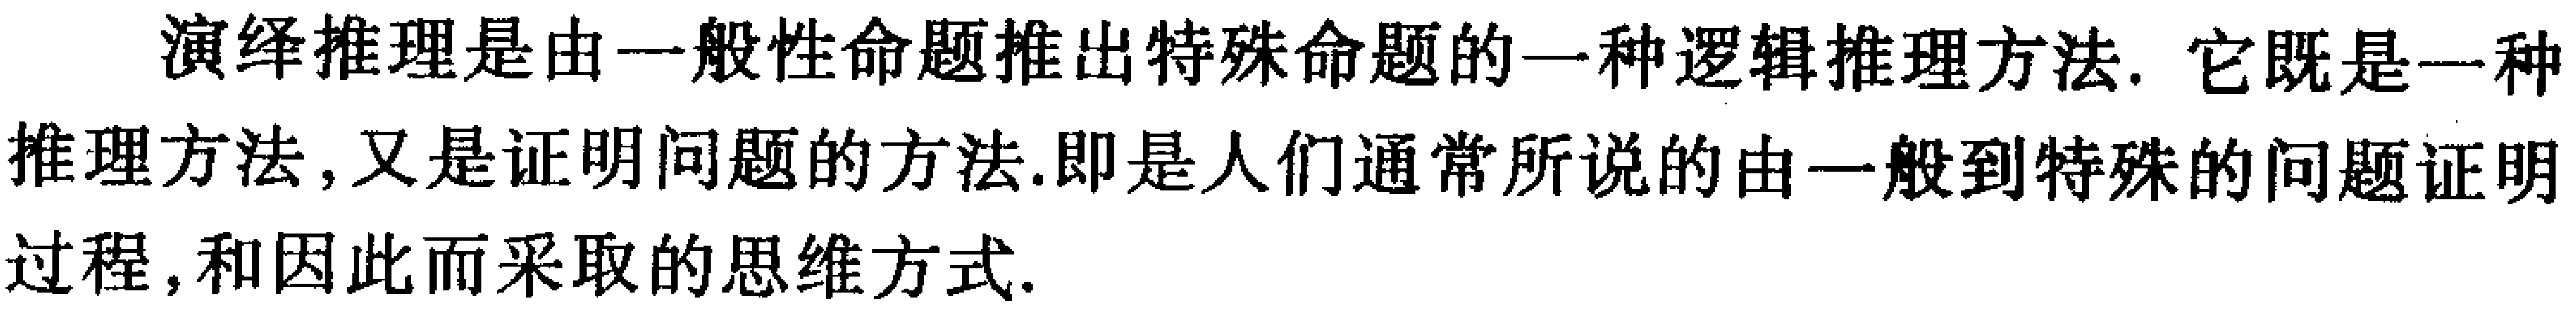
演绎推理是由一般性命题推出特殊命题的一种逻辑推理方法. 它既是一种推理方法, 又是证明问题的方法.即是人们通常所说的由一般到特殊的问题证明过程, 和因此而采取的思维方式.